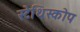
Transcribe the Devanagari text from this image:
स्टेथिस्कोप